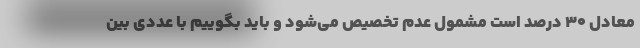
معادل ۳۰ درصد است مشمول عدم تخصیص می‌شود و باید بگوییم با عددی بین